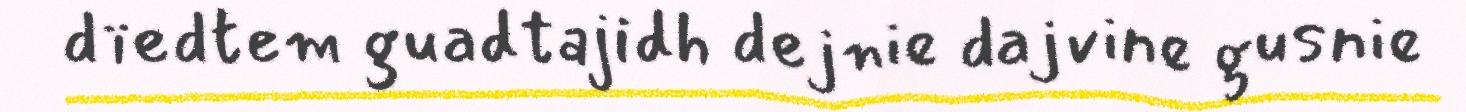
dïedtem guadtajidh dejnie dajvine gusnie